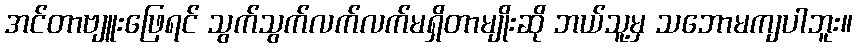
အင်တာဗျူးဖြေရင် သွက်သွက်လက်လက်မရှိတာမျိုးဆို ဘယ်သူ့မှ သဘောမကျပါဘူး။